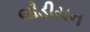
લીડીયન